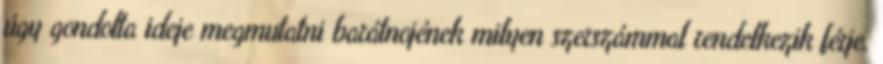
úgy gondolta ideje megmutatni barátnojének milyen szerszámmal rendelkezik férje.